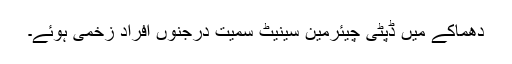
دھماکے میں ڈپٹی چیئرمین سینیٹ سمیت درجنوں افراد زخمی ہوئے۔